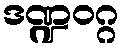
ဒဏ္ဍဝဂ္ဂ